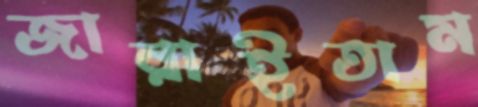
জারাইতাম